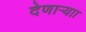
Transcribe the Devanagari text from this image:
देणाऱ्याा